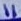
Text: 11